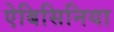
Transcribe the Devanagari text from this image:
ऐबिसिनिया